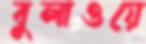
বুলাওয়ে